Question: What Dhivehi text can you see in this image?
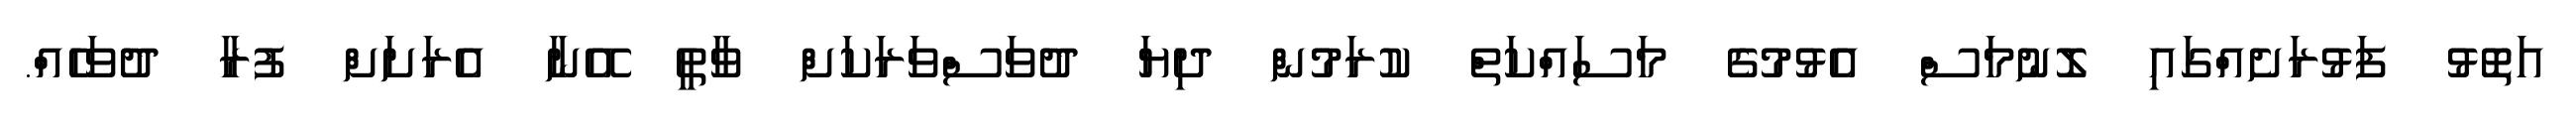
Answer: އަތޮޅު ފަޅުރަށެއްގައި ލޮނުމަސް އެޅުމުގެ މަސައްކަތް ކުރަމުން ދިޔަ ދުވަސްވަރަކަށް ވާތީ އޭނާ އެރަށަށް ފުރާ ދުވަހެއް.